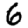
Digit: 6